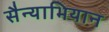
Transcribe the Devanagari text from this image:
सैन्याभियान